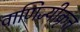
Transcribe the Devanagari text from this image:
वाणिज्यीकृत्त